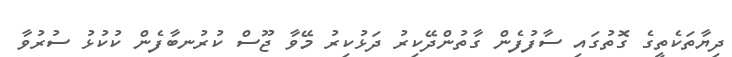
ދިޔާތަކެތީގެ ގޮތުގައި ސާފުފެން ގާތުންދޭކިރު ދަޅުކިރު މޭވާ ޖޫސް ކުރުނބާފެން ކުކުޅު ސުރުވާ